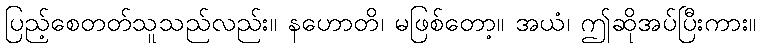
ပြည့်စေတတ်သူသည်လည်း။ နဟောတိ၊ မဖြစ်တော့။ အယံ၊ ဤဆိုအပ်ပြီးကား။